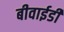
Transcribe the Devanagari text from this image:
बीवाईडी